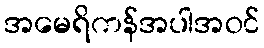
အမေရိကန်အပါအဝင်